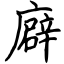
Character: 廦